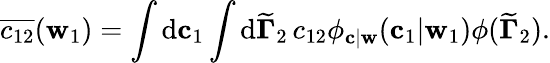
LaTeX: \overline{{c_{12}}}(\mathbf{w}_{1})=\int\mathrm{d}\mathbf{c}_{1}\int\mathrm{d}{\widetilde{\mathbf{\Gamma}}}_{2}\, c_{12}\phi_{\mathbf{c}|\mathbf{w}}(\mathbf{c}_{1}|\mathbf{w}_{1})\phi({\widetilde{\mathbf{\Gamma}}}_{2}).